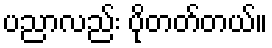
ပညာလည်း ပိုတတ်တယ်။